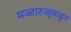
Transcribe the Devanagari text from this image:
मज्जारज्जूकडून